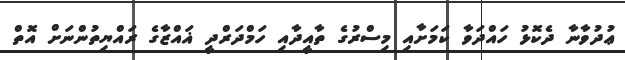
ޢުދުވާނާ ދެކޮޅު ހައްދަވާ ކަމަށާއި މިސްރުގެ ތާއީދާއި ހަމްދަރްދީ ޣައްޒާގެ ރައްޔިތުންނަށް އޮތް